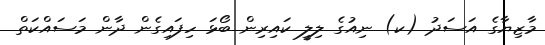
މާޒިޔާގެ އަސަދު (ކ) ނިއުގެ ލިލީ ކައިރިން ބޯޅަ ހިފައިގެން ދާން މަސައްކަތް